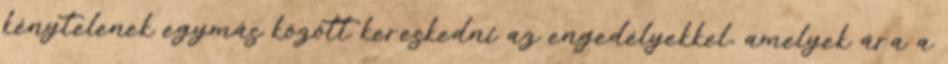
kénytelenek egymás között kereskedni az engedélyekkel, amelyek ára a